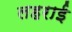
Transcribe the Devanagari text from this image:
लहराई